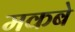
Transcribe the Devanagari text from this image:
मकबे